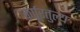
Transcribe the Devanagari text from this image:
कर्पूरतुल्य